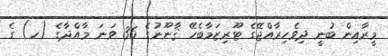
މީރާއިން ބުނީ ދިވެހިރާއްޖޭގެ ޓޫރިޒަމާބެހޭ ޤާނޫނުގެ 36 ވަނަ މާއްދާގެ (ހ) ގެ